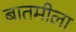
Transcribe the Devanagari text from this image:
बातमीला